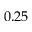
0 . 2 5